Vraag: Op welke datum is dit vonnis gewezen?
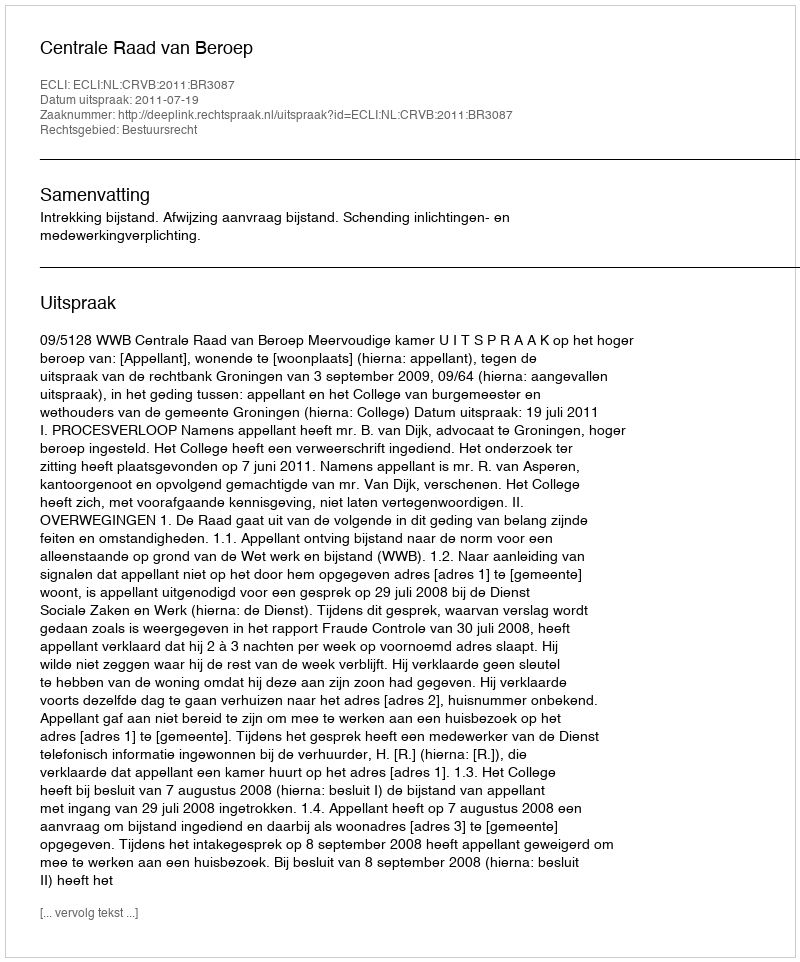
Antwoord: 2011-07-19